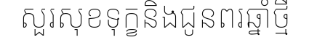
សួរសុខទុក្ខនិងជូនពរឆ្នាំថ្មី